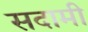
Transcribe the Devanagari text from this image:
सदामी